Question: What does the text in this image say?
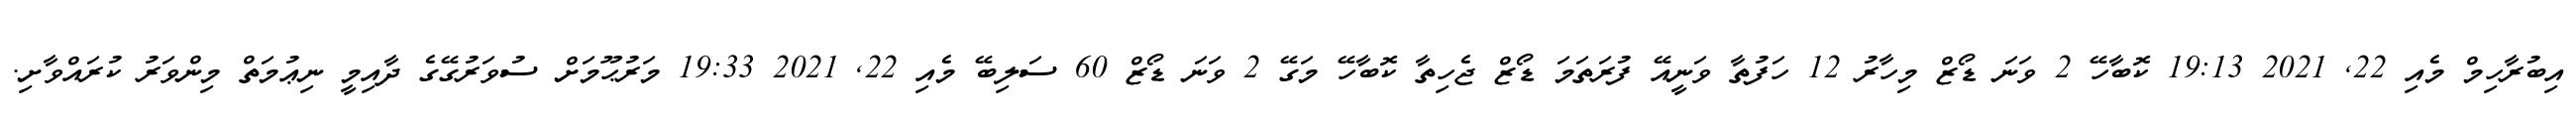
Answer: އިބުރާހިމް މެއި 22, 2021 19:13 ކޮބާހޭ 2 ވަނަ ޑޯޒް މިހާރު 12 ހަފުތާ ވަނީއޭ ފުރަތަމަ ޑޯޒް ޖެހިތާ ކޮބާހޭ މަގޭ 2 ވަނަ ޑޯޒް 60 ސަލިބޭ މެއި 22, 2021 19:33 މަރުޙޫމަށް ސުވަރުގޭގެ ދާއިމީ ނިޢުމަތް މިންވަރު ކުރައްވާށި.